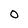
Character: O